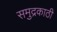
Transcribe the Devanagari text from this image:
समुद्रकाठी